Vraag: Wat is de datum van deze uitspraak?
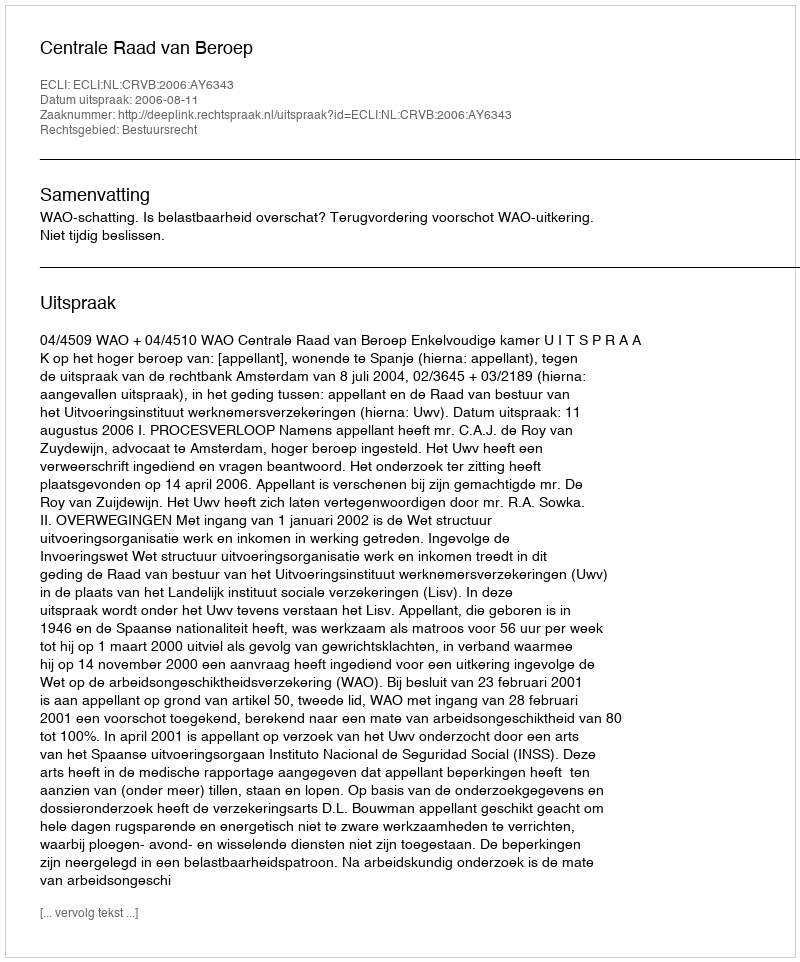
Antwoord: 2006-08-11